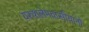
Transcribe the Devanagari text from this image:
यरुशलेमवासीयांनो